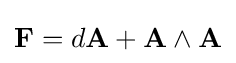
\mathbf {F} =d\mathbf {A} +\mathbf {A} \wedge \mathbf {A}